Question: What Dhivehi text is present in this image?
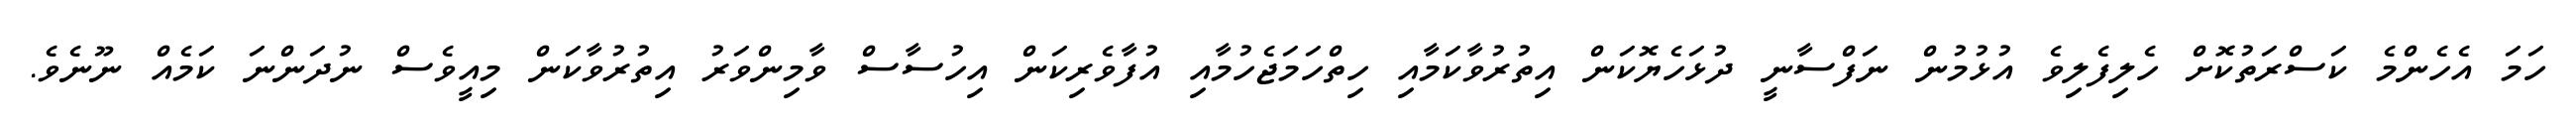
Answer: ހަމަ އެހެންމެ ކަސްރަތުކޮށް ހެލިފެލިވެ އުޅުމުން ނަފްސާނީ ދުޅަހެޔޮކަން އިތުރުވާކަމާއި ހިތްހަމަޖެހުމާއި އުފާވެރިކަން އިހުސާސް ވާމިންވަރު އިތުރުވާކަން މިއީވެސް ނުދަންނަ ކަމެއް ނޫނެވެ.